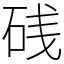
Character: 𥒎